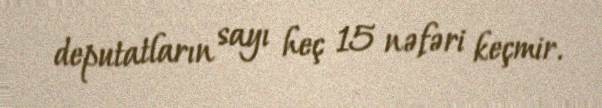
deputatların sayı heç 15 nəfəri keçmir.